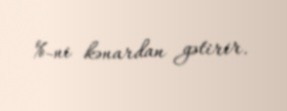
%-ni kənardan gətirir.